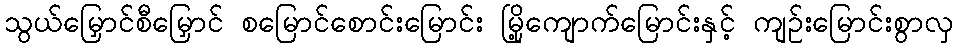
သွယ်မြှောင်စီမြှောင် စမြောင်စောင်းမြောင်း မြို့ကျောက်မြောင်းနှင့် ကျဉ်းမြောင်းစွာလှ